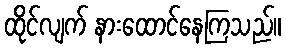
ထိုင်လျက် နားထောင်နေကြသည်။